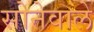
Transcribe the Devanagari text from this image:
सोनेवाले